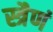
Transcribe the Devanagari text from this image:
स्त्रैणं